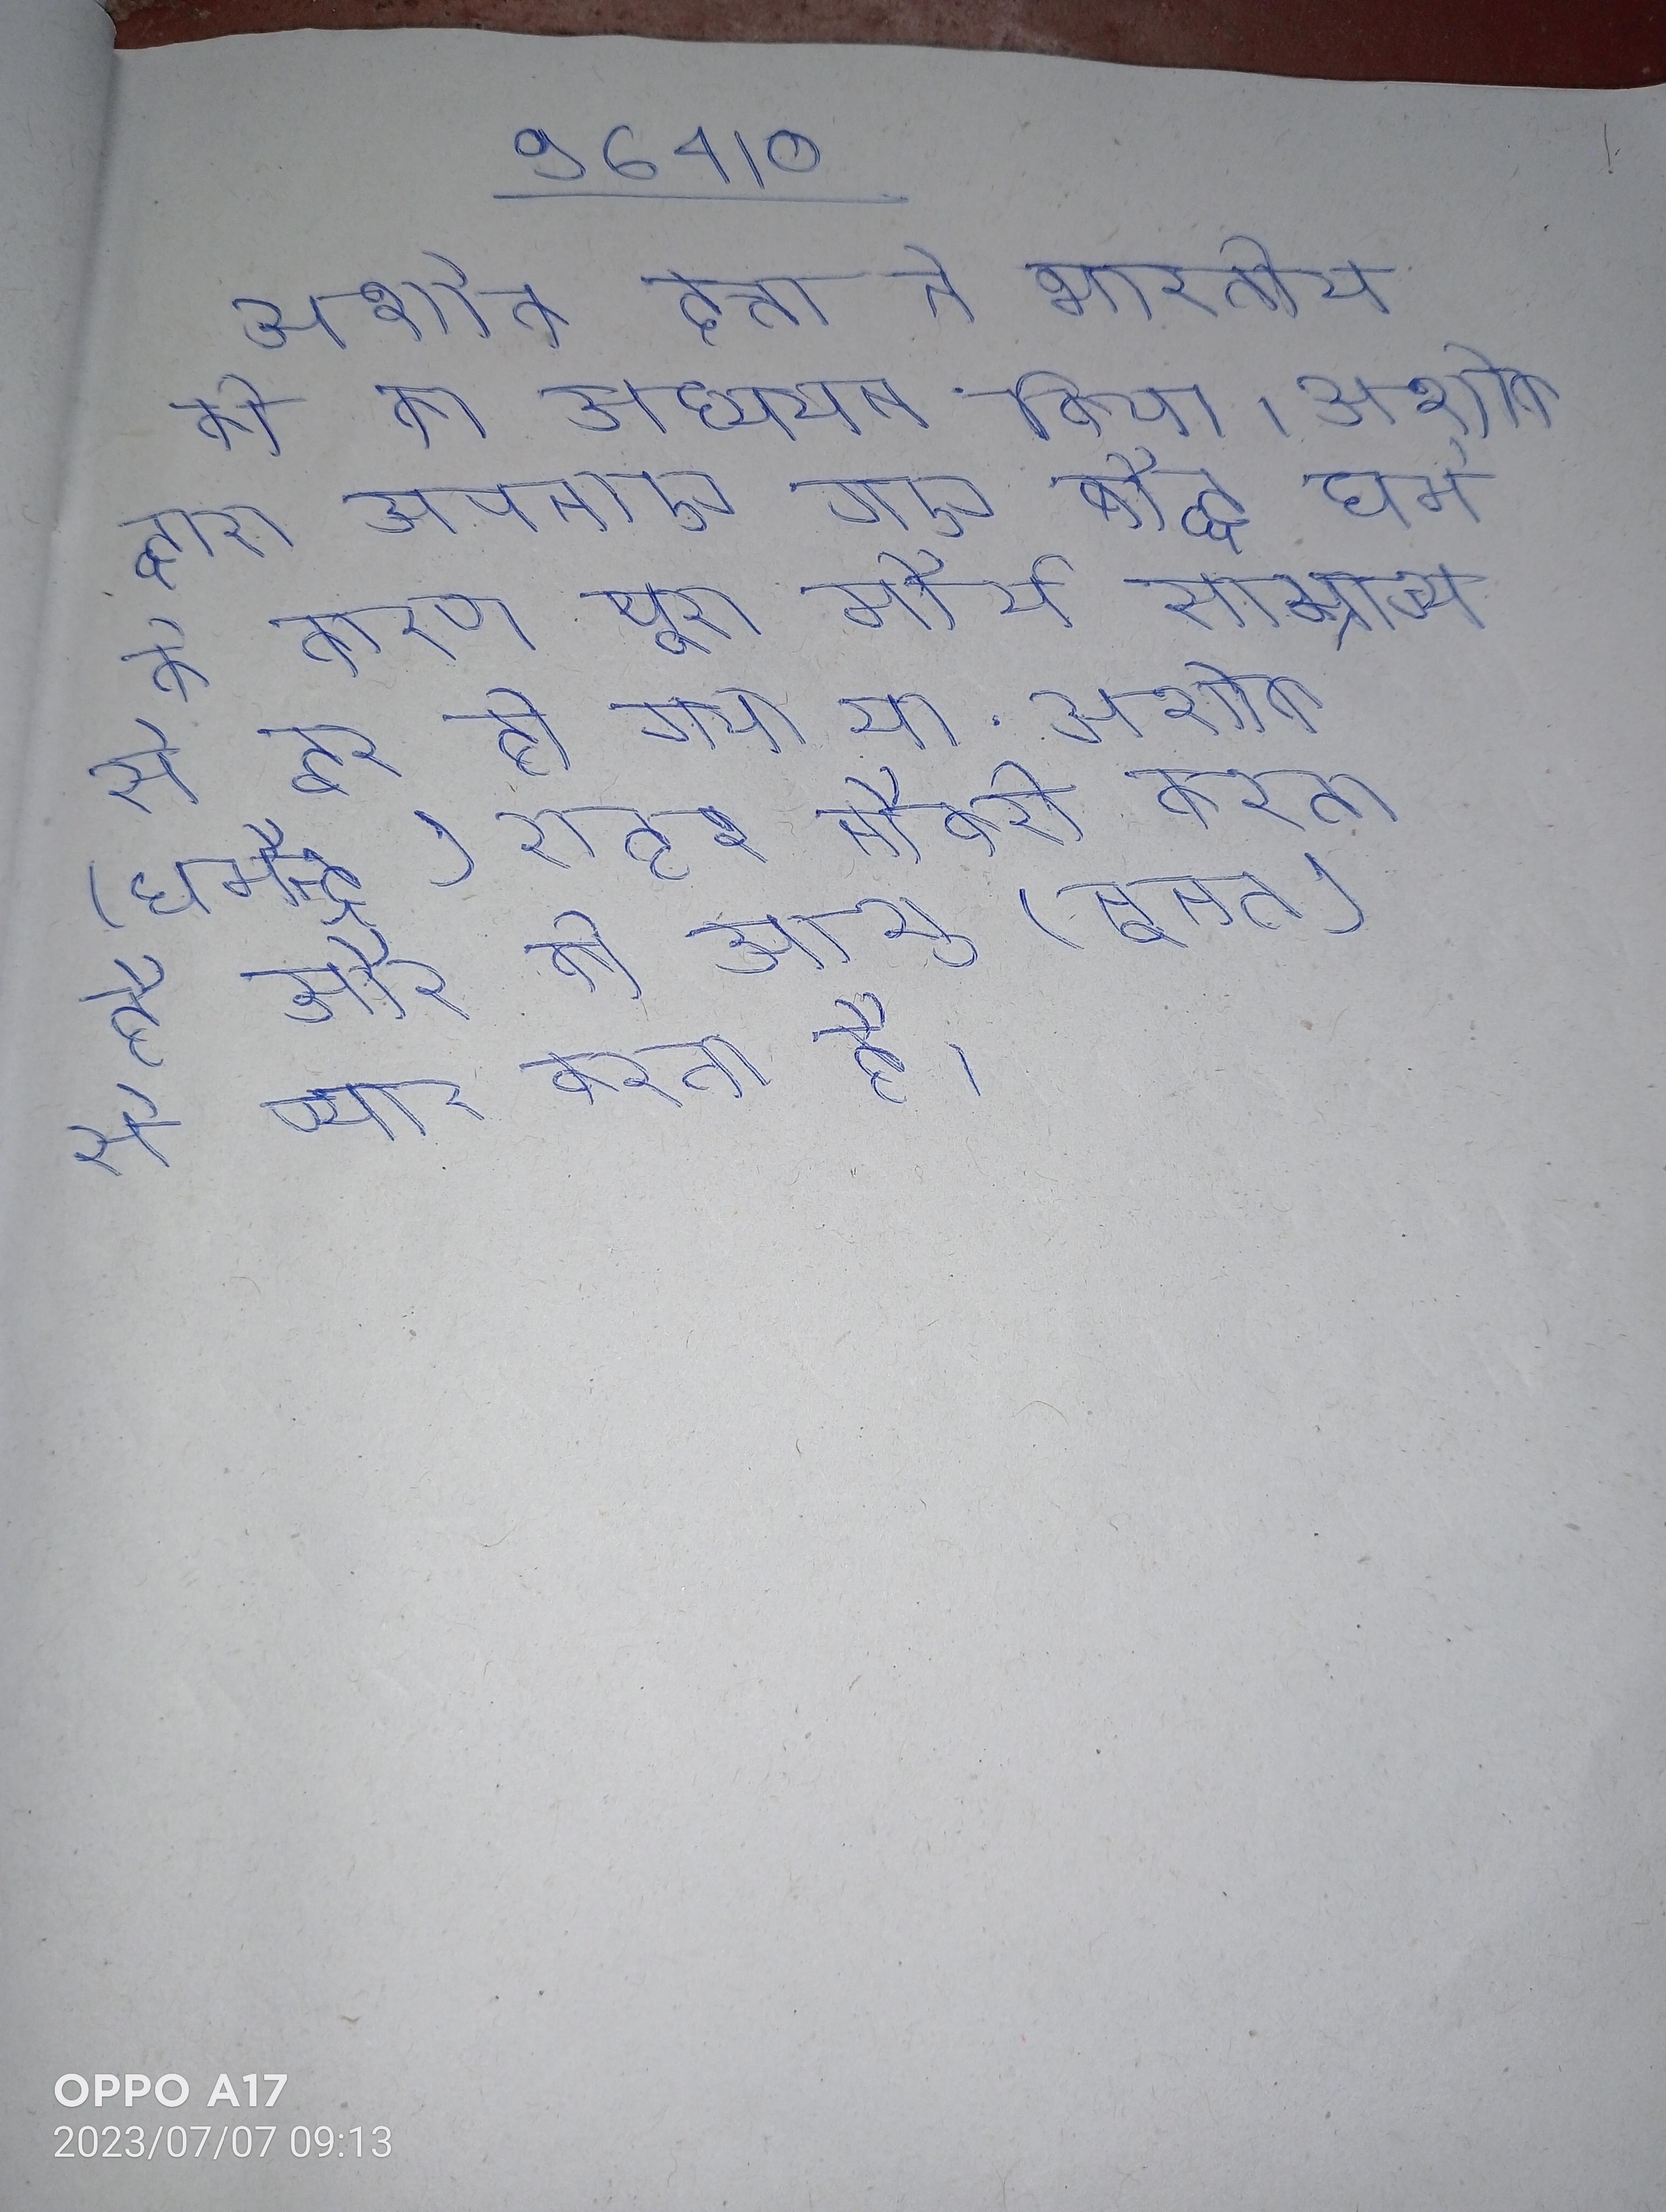
अशोक दत्ता ने भारतीय की का अध्ययन किया । अशोक द्वारा अपनाए गए बौद्ध धर्म के कारण पूरा मौर्य साम्राज्य से दूर हो गया था . अशोक (धर्मेन्द्र) शहर नौकरी करता है और की आशु (नूतन) से प्यार करता है ।